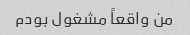
من واقعاً مشغول بودم